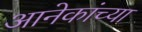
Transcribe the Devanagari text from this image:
आनेकांच्या